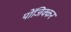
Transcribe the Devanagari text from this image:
पोंजिक्कर